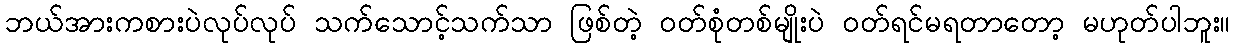
ဘယ်အားကစားပဲလုပ်လုပ် သက်သောင့်သက်သာ ဖြစ်တဲ့ ဝတ်စုံတစ်မျိုးပဲ ဝတ်ရင်မရတာတော့ မဟုတ်ပါဘူး။